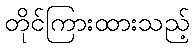
တိုင်ကြားထားသည့်